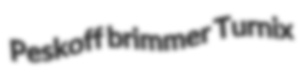
Peskoff brimmer Turnix